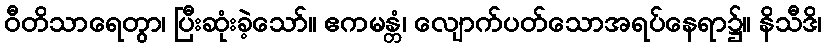
ဝီတိသာရေတွာ၊ ပြီးဆုံးခဲ့သော်။ ဧကမန္တံ၊ လျောက်ပတ်သောအရပ်နေရာ၌။ နိသီဒိ၊